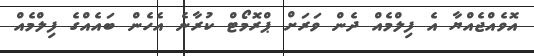
އޮވެއްޖެއްޔާ އެ ފިލްމެއް ދެން ވަރަށް ޕްރޮމޯޓް ކުރާނެ އެހެން ބައެއްގެ ފިލްމެއް